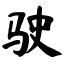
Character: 驶